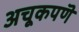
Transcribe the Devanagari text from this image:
अचूकपणॆ